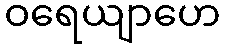
ဝရေယျာဟေ